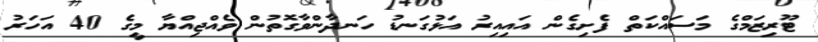
ޓޫރިޒަމްގެ މަސައްކަތް ފެށިގެން އައިއިރު އަޅުގަނޑު ހަނދާންވާގޮތުން ވެއްޖިއްޔާ މީގެ 40 އަހަރު